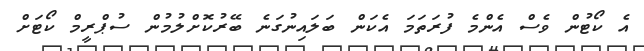
އެ ކޯޓުން ވެސް އެންމެ ފުރަތަމަ އެކަން ބަލައިނުގަނެ ބޭރުކޮށްލުމުން ސުޕްރީމް ކޯޓަށް